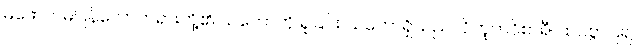
မဖောက်မပြန်သောတရားတို့၏ သဘောကို ရှုခြင်း သဘောရှိသည်။ ဝိဘူတဝိစာရီ၊ ထင်စွာပြ၍